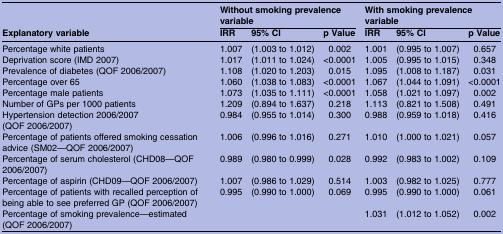
<table><thead><tr><td></td><td colspan="3"><b>Without smoking prevalence variable</b></td><td colspan="3"><b>With smoking prevalence variable</b></td></tr><tr><td><b>Explanatory variable</b></td><td><b>IRR</b></td><td><b>95% CI</b></td><td><b>p Value</b></td><td><b>IRR</b></td><td><b>95% CI</b></td><td><b>p Value</b></td></tr></thead><tbody><tr><td>Percentage white patients</td><td>1.007</td><td>(1.003 to 1.012)</td><td>0.002</td><td>1.001</td><td>(0.995 to 1.007)</td><td>0.657</td></tr><tr><td>Deprivation score (IMD 2007)</td><td>1.017</td><td>(1.011 to 1.024)</td><td>&lt;0.0001</td><td>1.005</td><td>(0.995 to 1.015)</td><td>0.348</td></tr><tr><td>Prevalence of diabetes (QOF 2006/2007)</td><td>1.108</td><td>(1.020 to 1.203)</td><td>0.015</td><td>1.095</td><td>(1.008 to 1.187)</td><td>0.031</td></tr><tr><td>Percentage over 65</td><td>1.060</td><td>(1.038 to 1.083)</td><td>&lt;0.0001</td><td>1.067</td><td>(1.044 to 1.091)</td><td>&lt;0.0001</td></tr><tr><td>Percentage male patients</td><td>1.073</td><td>(1.035 to 1.111)</td><td>&lt;0.0001</td><td>1.058</td><td>(1.021 to 1.097)</td><td>0.002</td></tr><tr><td>Number of GPs per 1000 patients</td><td>1.209</td><td>(0.894 to 1.637)</td><td>0.218</td><td>1.113</td><td>(0.821 to 1.508)</td><td>0.491</td></tr><tr><td>Hypertension detection 2006/2007 (QOF 2006/2007)</td><td>0.984</td><td>(0.955 to 1.014)</td><td>0.300</td><td>0.988</td><td>(0.959 to 1.018)</td><td>0.416</td></tr><tr><td>Percentage of patients offered smoking cessation advice (SM02—QOF 2006/2007)</td><td>1.006</td><td>(0.996 to 1.016)</td><td>0.271</td><td>1.010</td><td>(1.000 to 1.021)</td><td>0.057</td></tr><tr><td>Percentage of serum cholesterol (CHD08—QOF 2006/2007)</td><td>0.989</td><td>(0.980 to 0.999)</td><td>0.028</td><td>0.992</td><td>(0.983 to 1.002)</td><td>0.109</td></tr><tr><td>Percentage of aspirin (CHD09—QOF 2006/2007)</td><td>1.007</td><td>(0.986 to 1.029)</td><td>0.514</td><td>1.003</td><td>(0.982 to 1.025)</td><td>0.777</td></tr><tr><td>Percentage of patients with recalled perception of being able to see preferred GP (QOF 2006/2007)</td><td>0.995</td><td>(0.990 to 1.000)</td><td>0.069</td><td>0.995</td><td>(0.990 to 1.000)</td><td>0.061</td></tr><tr><td>Percentage of smoking prevalence—estimated (QOF 2006/2007)</td><td colspan="3"> </td><td>1.031</td><td>(1.012 to 1.052)</td><td>0.002</td></tr></tbody></table>